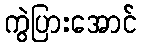
ကွဲပြားအောင်